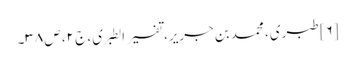
[۶] طبری، محمد بن جریر، تفسیر الطبری، ج ۲، ص ۳۸۔